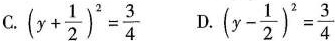
C.$$( y + \frac { 1 } { 2 } ) ^ { 2 } = \frac { 3 } { 4 }$$ D.$$( y - \frac { 1 } { 2 } ) ^ { 2 } = \frac { 3 } { 4 }$$